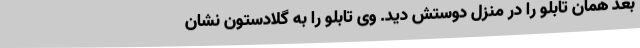
بعد همان تابلو را در منزل دوستش دید. وی تابلو را به گلادستون نشان